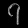
Digit: ၇